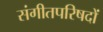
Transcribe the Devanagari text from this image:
संगीतपरिषदों